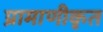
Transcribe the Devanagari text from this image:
प्रामाणीकृत